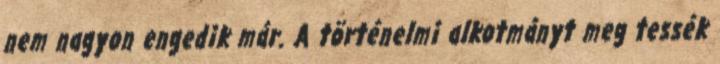
nem nagyon engedik már. A történelmi alkotmányt meg tessék